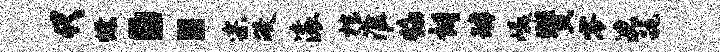
代燎：宗政滚棺淮焰朗罅嶙赞零沈跪